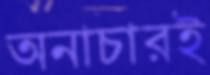
অনাচারই